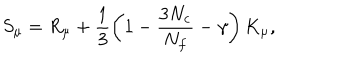
S _ { \mu } = R _ { \mu } + \frac { 1 } { 3 } \left( 1 - \frac { 3 N _ { c } } { N _ { f } } - \gamma \right) K _ { \mu } ,